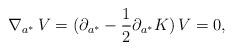
LaTeX: \begin{align*}\nabla_{a^*}\,V=(\partial_{a^*}-{1\over 2}\partial_{a^*}K)\,V=0, \end{align*}